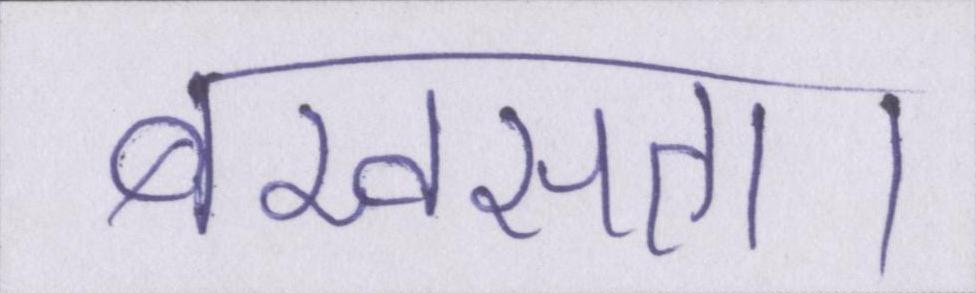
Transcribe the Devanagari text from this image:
बखसता।